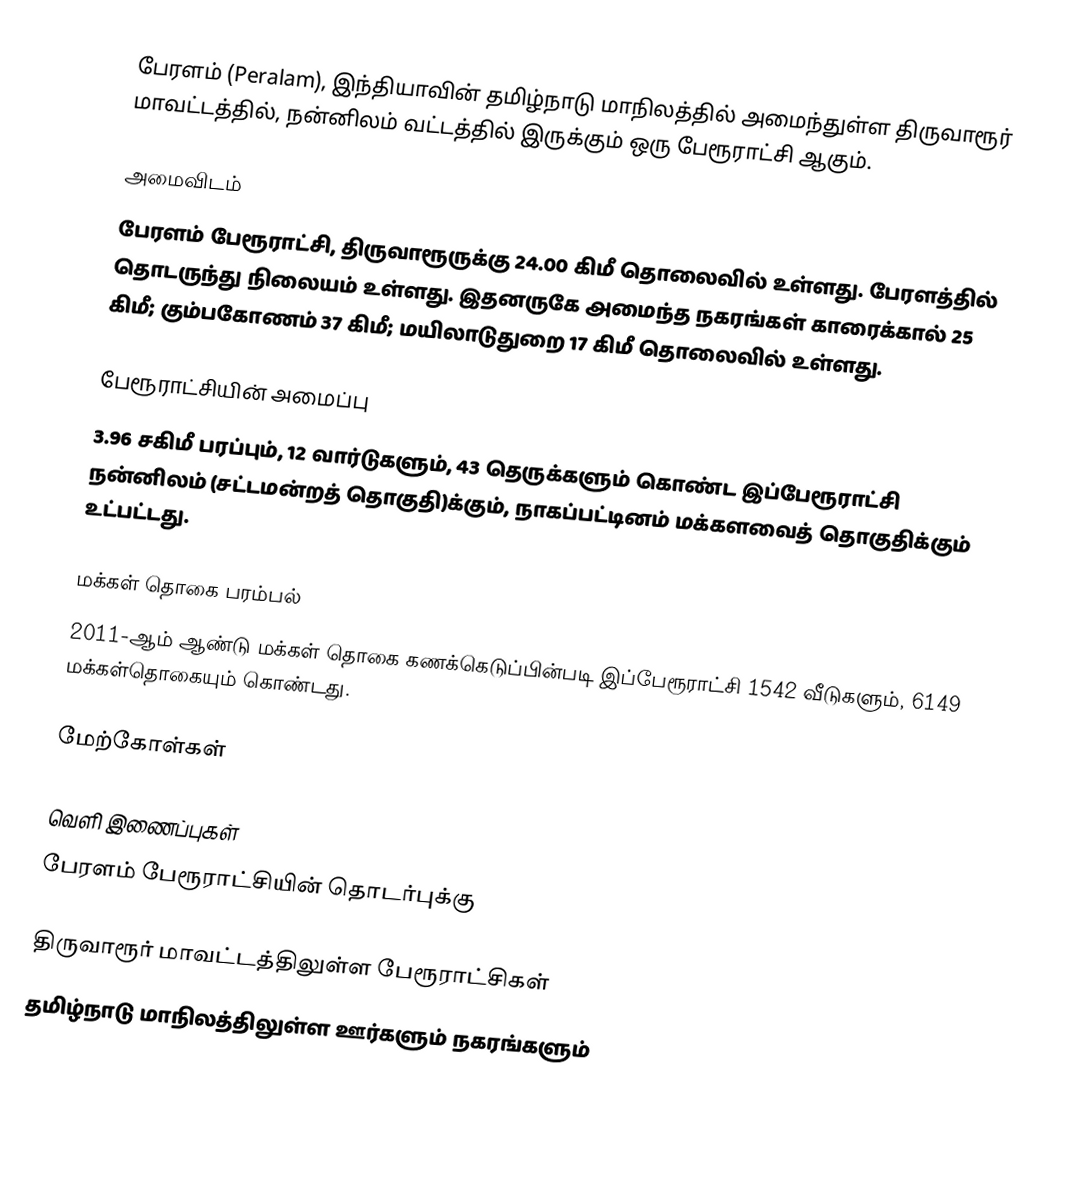
பேரளம் (Peralam), இந்தியாவின் தமிழ்நாடு மாநிலத்தில் அமைந்துள்ள திருவாரூர் மாவட்டத்தில்,  நன்னிலம் வட்டத்தில் இருக்கும்  ஒரு பேரூராட்சி ஆகும்.

அமைவிடம்
பேரளம்  பேரூராட்சி, திருவாரூருக்கு   24.00 கிமீ தொலைவில் உள்ளது.  பேரளத்தில் தொடருந்து நிலையம் உள்ளது.  இதனருகே அமைந்த நகரங்கள் காரைக்கால்  25 கிமீ; கும்பகோணம் 37 கிமீ; மயிலாடுதுறை 17 கிமீ தொலைவில் உள்ளது.

பேரூராட்சியின் அமைப்பு
3.96  சகிமீ பரப்பும், 12 வார்டுகளும்,  43 தெருக்களும்  கொண்ட இப்பேரூராட்சி  நன்னிலம் (சட்டமன்றத் தொகுதி)க்கும், நாகப்பட்டினம் மக்களவைத் தொகுதிக்கும் உட்பட்டது.

மக்கள் தொகை பரம்பல்
2011-ஆம் ஆண்டு மக்கள் தொகை கணக்கெடுப்பின்படி  இப்பேரூராட்சி 1542  வீடுகளும், 6149 மக்கள்தொகையும் கொண்டது.

மேற்கோள்கள்

வெளி இணைப்புகள்
 பேரளம் பேரூராட்சியின் தொடர்புக்கு

திருவாரூர் மாவட்டத்திலுள்ள பேரூராட்சிகள்
தமிழ்நாடு மாநிலத்திலுள்ள ஊர்களும் நகரங்களும்